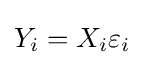
Y_{i}=X_{i}\varepsilon _{i}